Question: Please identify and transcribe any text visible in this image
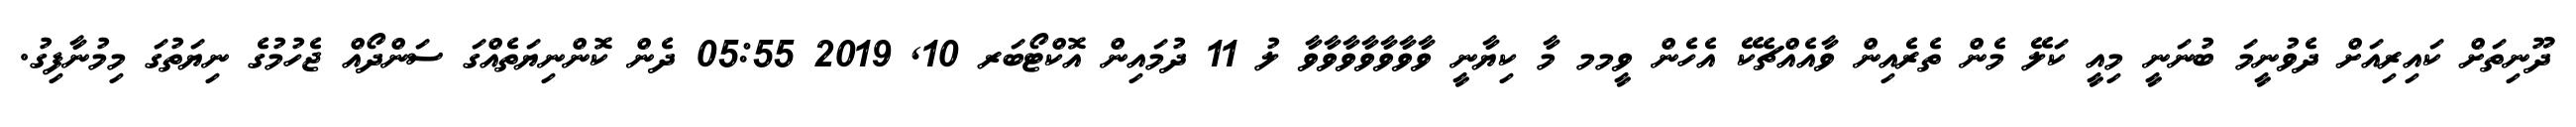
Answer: ދޫނިތަށް ކައިރިއަށް ދެވުނީމަ ބުނަނީ މިއީ ކަލޭ މެން ތެރެއިން ވާއެއްޗެކޭ އެހެން ވީމމ މާ ކިޔާނީ ވާވާވާވާވާވާވާ ލު 11 ދުމައިން އޮކްޓޯބަރ 10, 2019 05:55 ދެން ކޮންނިޔަތެއްގަ ސަންދޯއް ޖެހުމުގެ ނިޔަތުގަ މިމުނާފިގު.